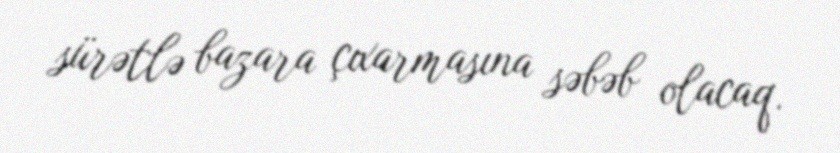
sürətlə bazara çıxarmasına səbəb olacaq.